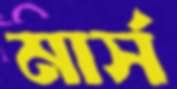
মার্স